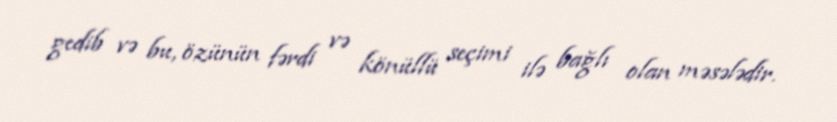
gedib və bu, özünün fərdi və könüllü seçimi ilə bağlı olan məsələdir.